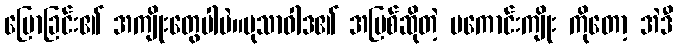
ပြောခြင်း၏ အကျိုးတွေပါပဲ။မုသာဝါဒ၏ အပြစ်ဆိုတဲ့ မကောင်းကျိုး ကိုတော့ အဲဒီ